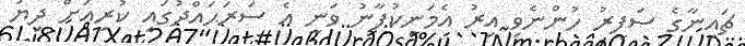
ޗައިނާގެ ސަފީރު ހުންނެވި އިރު އެމަނިކުފާނު ވަނީ އެ ސަރަޙައްދުގައި ކުރިއަށް ދިޔަ